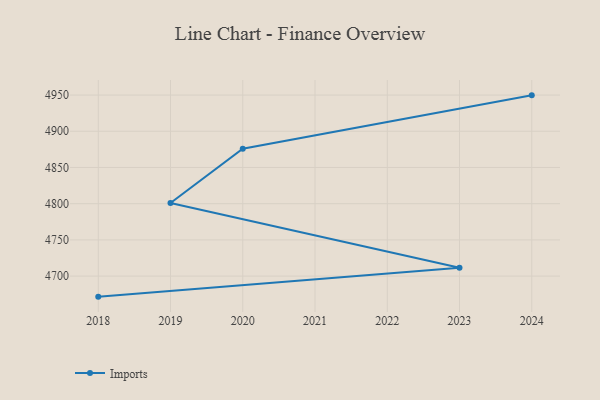
{"axis": {"x": "Year", "y": "Bounce Rate (%)"}, "legend": ["Imports"], "data": [{"x": "2018", "y": 4671.6, "type": "Imports"}, {"x": "2023", "y": 4711.6, "type": "Imports"}, {"x": "2019", "y": 4800.9, "type": "Imports"}, {"x": "2020", "y": 4875.9, "type": "Imports"}, {"x": "2024", "y": 4949.6, "type": "Imports"}]}